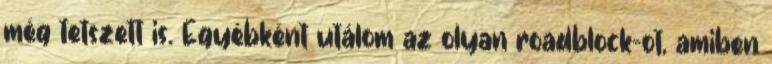
még tetszett is. Egyébként utálom az olyan roadblock-ot, amiben